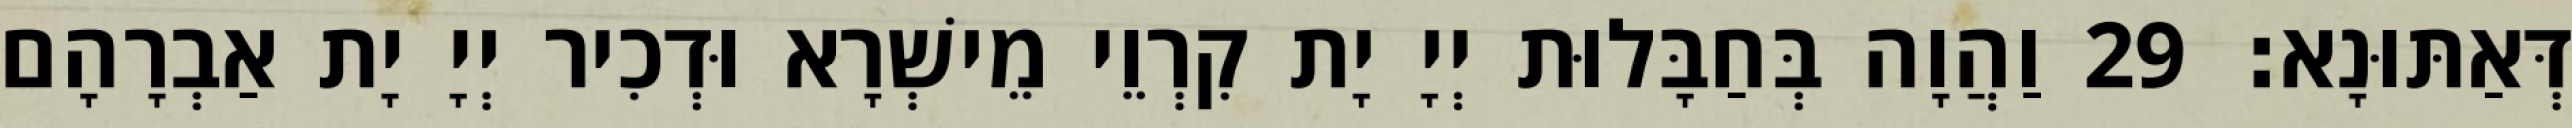
דְּאַתּוּנָא׃ 29 וַהֲוָה בְּחַבָּלוּת יְיָ יָת קִרְוֵי מֵישְׁרָא וּדְכִיר יְיָ יָת אַבְרָהָם